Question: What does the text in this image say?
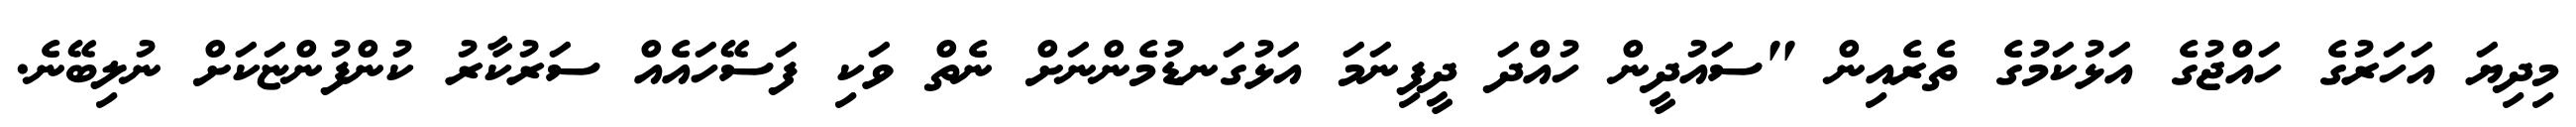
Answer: މިދިޔަ އަހަރުގެ ހައްޖުގެ އަޅުކަމުގެ ތެރެއިން "ސައުދީން ހުއްދަ ދީފިނަމަ އަޅުގަނޑުމެންނަށް ނެތް ވަކި ފަސޭހައެއް ސަރުކާރު ކުންފުންޏަކަށް ނުލިބޭނެ.